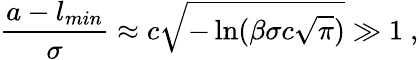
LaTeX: \frac{a-l_{min}}{\sigma}\approx c\sqrt{-\ln(\beta\sigma c\sqrt{\pi})}\gg 1\ ,